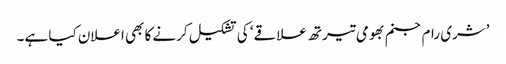
’شری رام جنم بھومی تیرتھ علاقے‘ کی تشکیل کرنے کا بھی اعلان کیا ہے۔